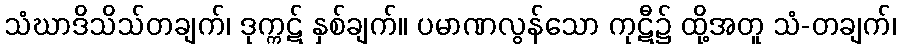
သံဃာဒိသိသ်တချက်၊ ဒုက္ကဋ် နှစ်ချက်။ ပမာဏလွန်သော ကုဋီ၌ ထို့အတူ သံ-တချက်၊